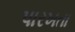
પારખતા